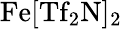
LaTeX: \mathrm{Fe[Tf_{2}N]_{2}}